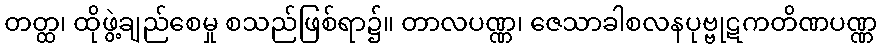
တတ္ထ၊ ထိုဖွဲ့ချည်စေမှု စသည်ဖြစ်ရာ၌။ တာလပဏ္ဏ၊ ဇေသာခါစလနပုဗ္ဗုဋကတိဏပဏ္ဏ